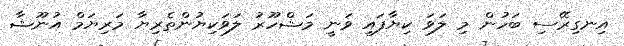
އިނގިރޭސި ބަހުން މި ލަވަ ކިޔާފައި ވަނީ މަޝްހޫރު ލަވަކިޔުންތެރިޔާ މަރިޔަމް އުނޫޝާ